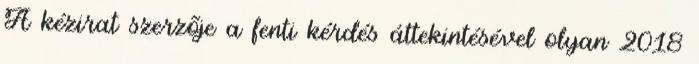
A kézirat szerzõje a fenti kérdés áttekintésével olyan 2018